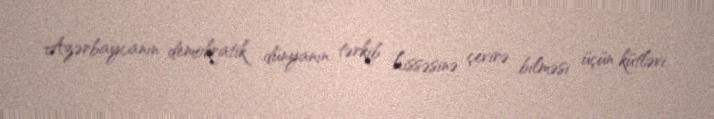
Azərbaycanın demokratik dünyanın tərkib hissəsinə çevirə bilməsi üçün kütləvi